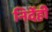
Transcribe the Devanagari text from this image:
निर्देही